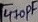
Text: 470pF